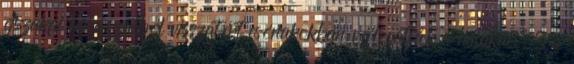
éjszakai halászatból visszatért csónakokban válogatják a halakat. S a